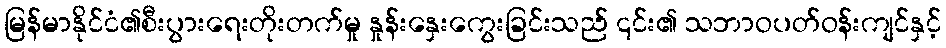
မြန်မာနိုင်ငံ၏စီးပွားရေးတိုးတက်မှု နှုန်းနှေးကွေးခြင်းသည် ၎င်း၏ သဘာဝပတ်ဝန်းကျင်နှင့်